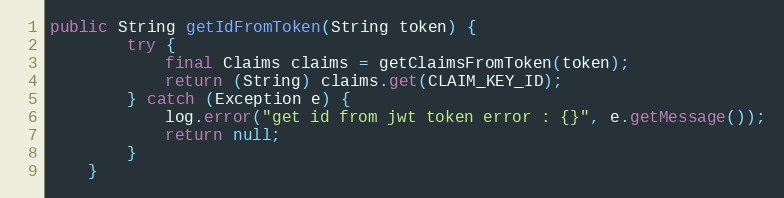
Language: Java
public String getIdFromToken(String token) {
        try {
            final Claims claims = getClaimsFromToken(token);
            return (String) claims.get(CLAIM_KEY_ID);
        } catch (Exception e) {
            log.error("get id from jwt token error : {}", e.getMessage());
            return null;
        }
    }